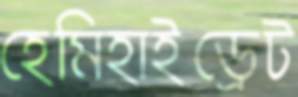
হেমিহাইড্রেট